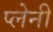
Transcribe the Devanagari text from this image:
प्लेनी